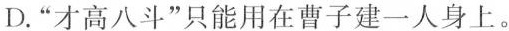
D.”才高八斗”只能用在曹子建一人身上。